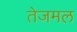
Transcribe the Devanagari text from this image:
तेजमल